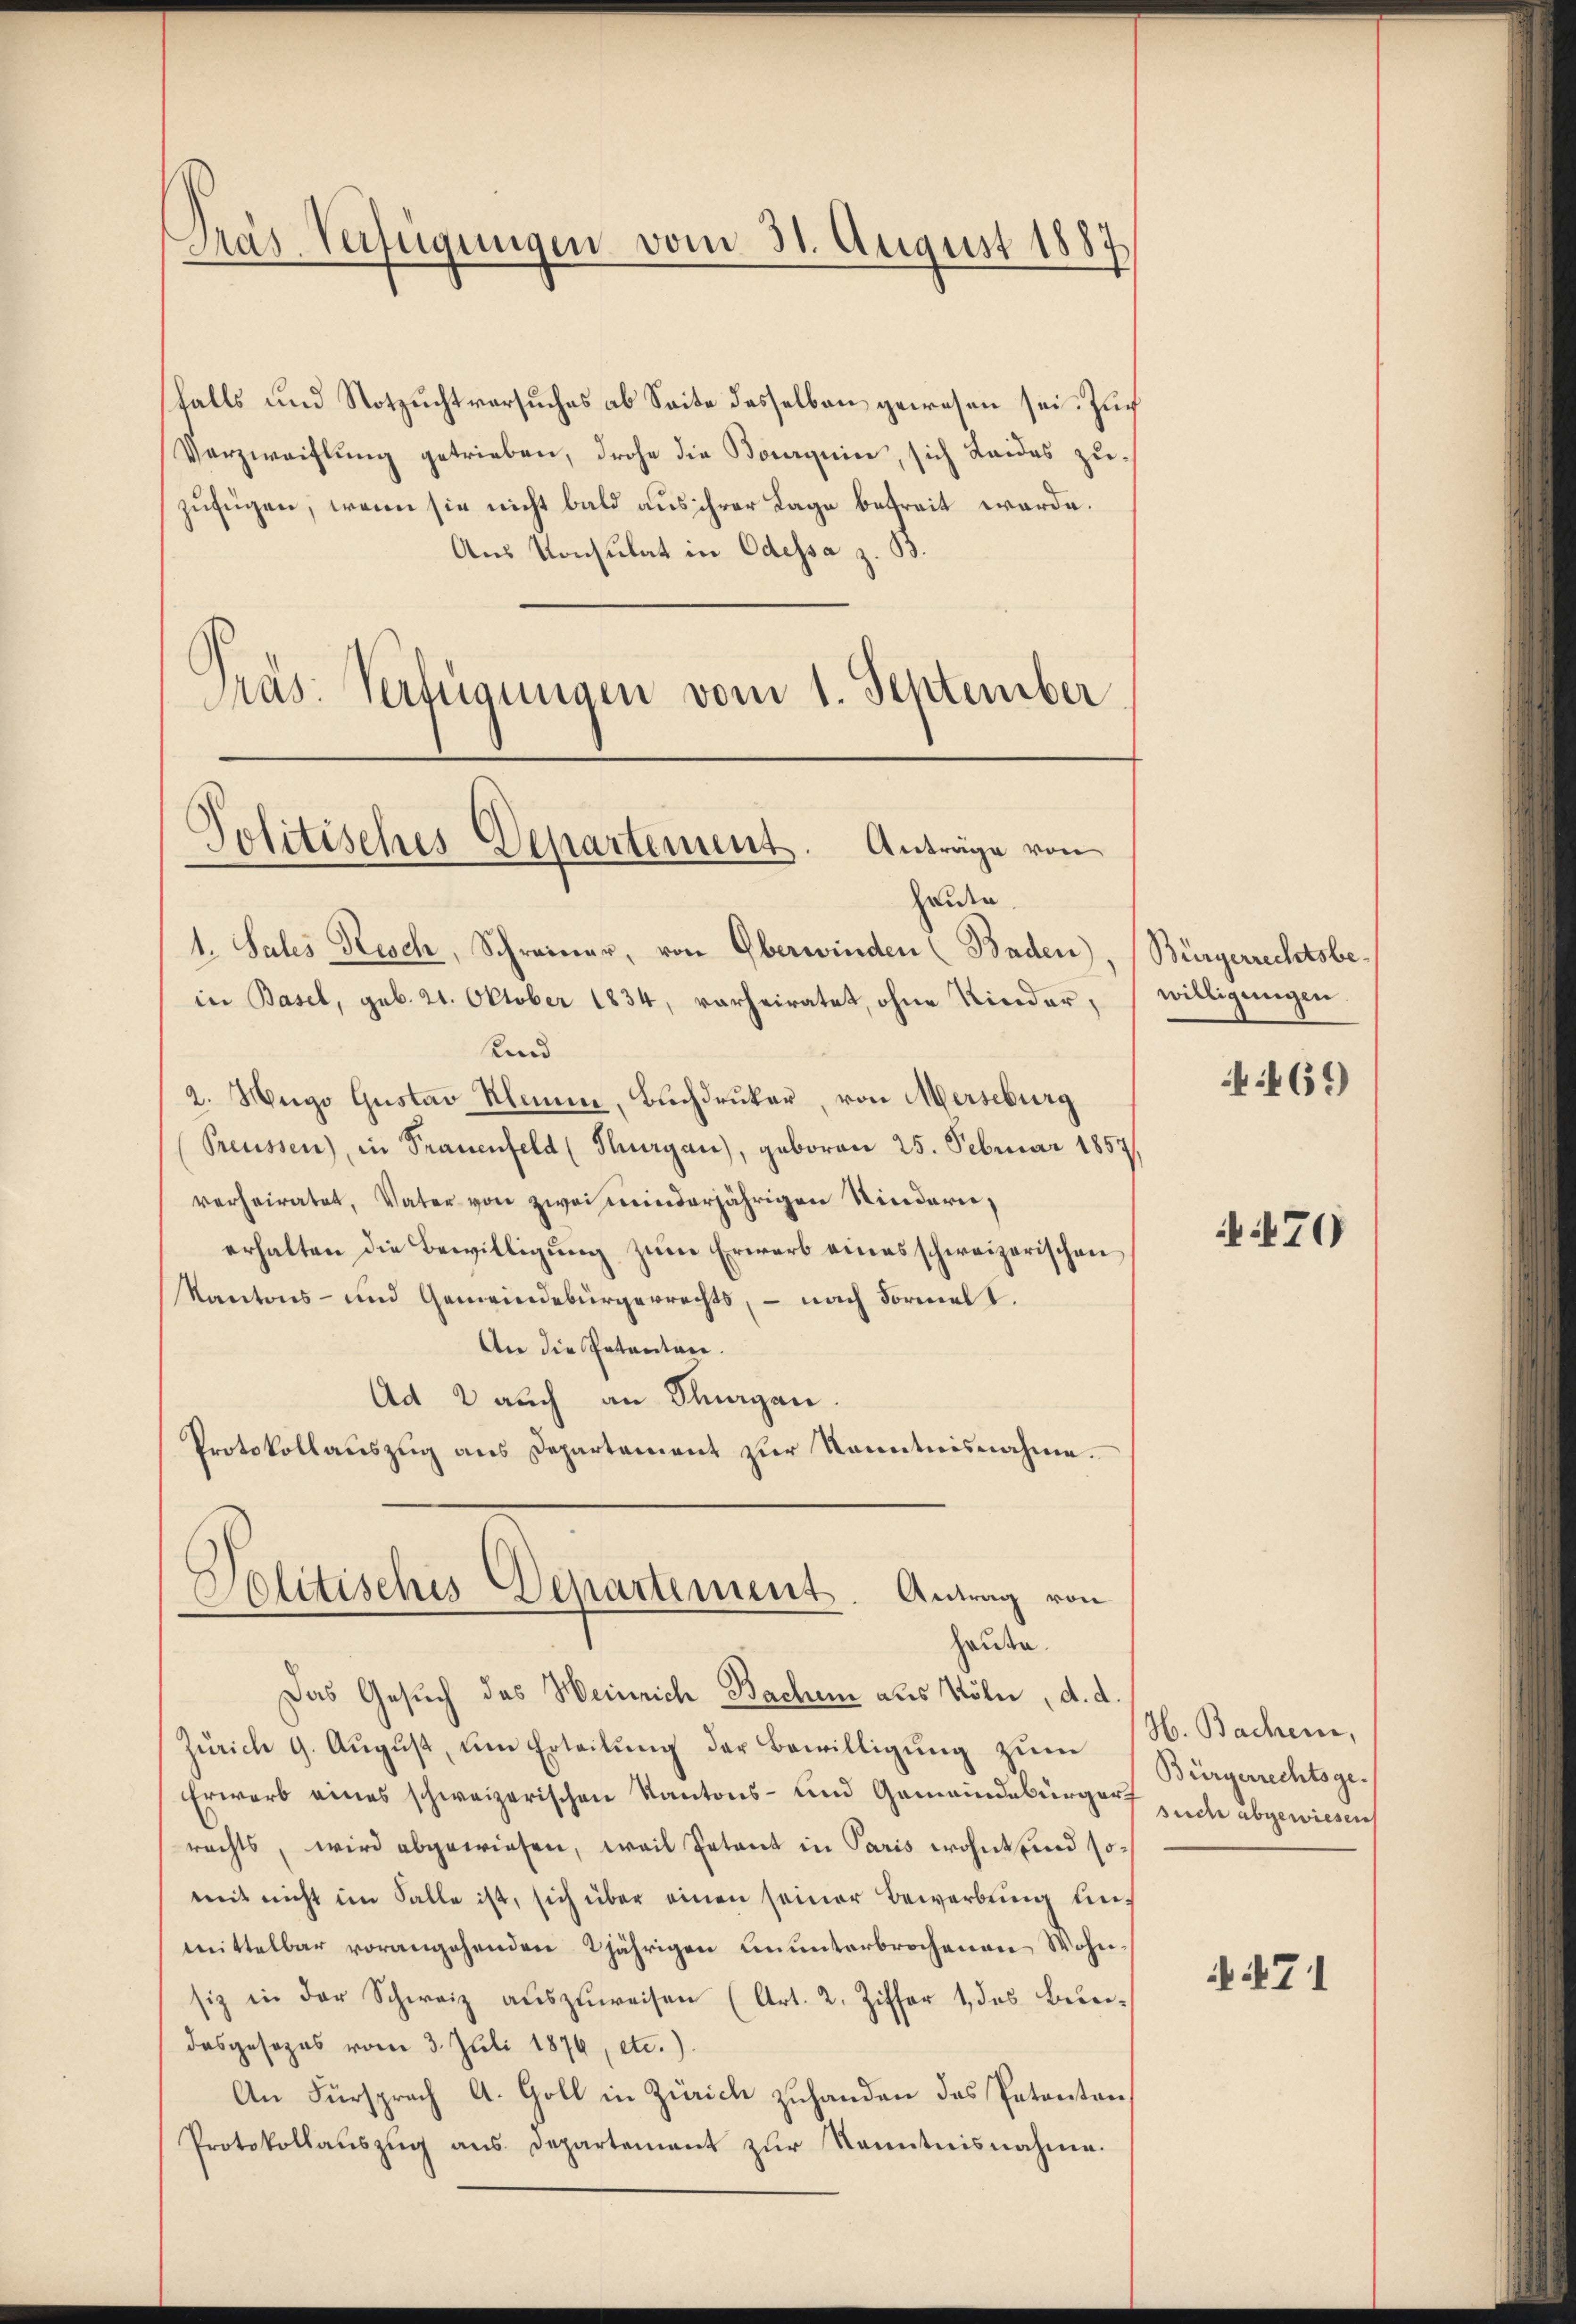
Präs. Verfügungen vom 31. August 1887

sfalls und Notzuchtversuches ab Seite desselben gewesen sei. Zuch
Verzweiflung getrieben, drohe die Bourquice, sich Laides zu-
zufügen, wenn sie nicht bald aus ihrer Lage befreit werde.
Aus Konsulat in Odessa z. B.
Präs. Verfügungen vom 1. September

Politisches Departement. Anträge von
Heiden

hause.
Das Gesuch das Heinrich Bachen aus Köln, d. d.

1. Sales Resch, Schreiner, von Oberwinden (Baden)
in Basel, geb. 21. Oktober 1834, vorheiratet, ohne Kinder,
Kind
2. Hugo Gustav Klamm, Buchdrucker, von Merseburg
Preussen), in Frauenfeld (Thurgau), geboren 25. Februar 1857,
verheiratet, Vater von zwei minderjährigen Sindern,
erhalten die Bewilligung zum Erwarb eines schweizerischen
Kantons- und Gemeindebürgerrechts, – nach Formel I.
An die Petenten.
Ad 2 auch an Thurgau.
Protokollauszug aus Departement zur Kenntnisnahme.
Politisches Departement. Antrag von

Zürich 9. Aŭgŭst ŭm Erteilŭng der Bewilligŭng zŭm
Erwarb eines schweizerischen Kantons- und Gemeindebürgerf
rechts, wird abgewiesen, weil Petent in Paris wohnt und somit nicht im Falle ist, sich über einen seiner Bewerbung unmittelbar vorangehenden 2jährigen ununterbrochenen Wohn-
siz in der Schweiz auszuweisen (Art. 2. Ziffer 1 des Beerdasgesezes vom 3. Juli 1876, etc.)
An Fürsprach A. Goll in Zürich zuhanden das Petenten,
Protokollauszug aus Departement zur Kenntnisnahme.

Bürgerrechtsbewilligungen.

469)

70

H. Bachen,
Bürgerrechtsge-
suche abgewiesen

N.471